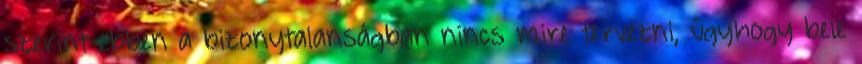
szerint ebben a bizonytalanságban nincs mire tervezni, úgyhogy bele